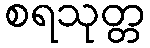
စရသုတ္တ